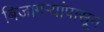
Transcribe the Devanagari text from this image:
बिजागऱ्यांपासून